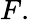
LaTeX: F.